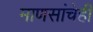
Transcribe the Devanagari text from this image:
माणसांचेही